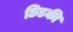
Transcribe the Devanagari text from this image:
छिडकी